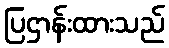
ပြဌာန်းထားသည်